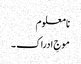
نا معلوم
موجِ ادراک ۔